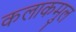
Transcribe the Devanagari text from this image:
कलाकमुल